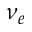
\nu _ { e }